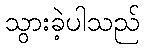
သွားခဲ့ပါသည်